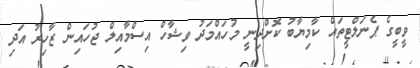
ވީބީގެ ޕެނަލްޓީތައް ކާމިޔާބު ކޮށްދިނީ މުހައްމަދު ވިޝާހް އިސްމާއިލް ޖުހައިން ޒާހިރު އަދި